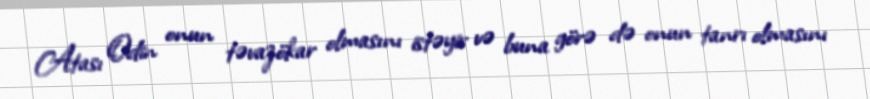
Atası Odin onun təvazökar olmasını istəyir və buna görə də onun tanrı olmasını